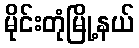
မိုင်းတုံမြို့နယ်